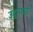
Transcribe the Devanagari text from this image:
उद्‌गारही